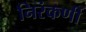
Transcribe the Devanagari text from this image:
निरंकर्णी